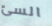
السئ